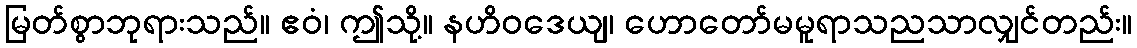
မြတ်စွာဘုရားသည်။ ဧဝံ၊ ဤသို့။ နဟိဝဒေယျ၊ ဟောတော်မမူရာသညသာလျှင်တည်း။